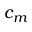
c _ { m }